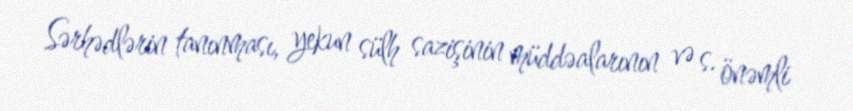
Sərhədlərin tanınması, yekun sülh sazişinin müddəalarının və s. önəmli